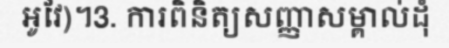
អូវែ)។3. ការពិនិត្យសញ្ញាសម្គាល់ដុំ